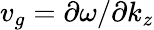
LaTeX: v_{g}=\partial\omega/\partial k_{z}